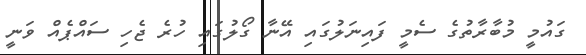
ގައުމީ މުބާރާތުގެ ސެމީ ފައިނަލުގައި އޭނާ ގޯލުގައި ހުރެ ޖެހި ސައްޕެއް ވަނީ